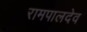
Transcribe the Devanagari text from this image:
रामपालदेव